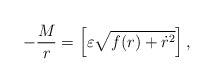
\begin{align*}- \frac{M}{r} = \left[ \varepsilon \sqrt{f(r) + \dot{r}^2} \right],\end{align*}